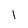
Character: l